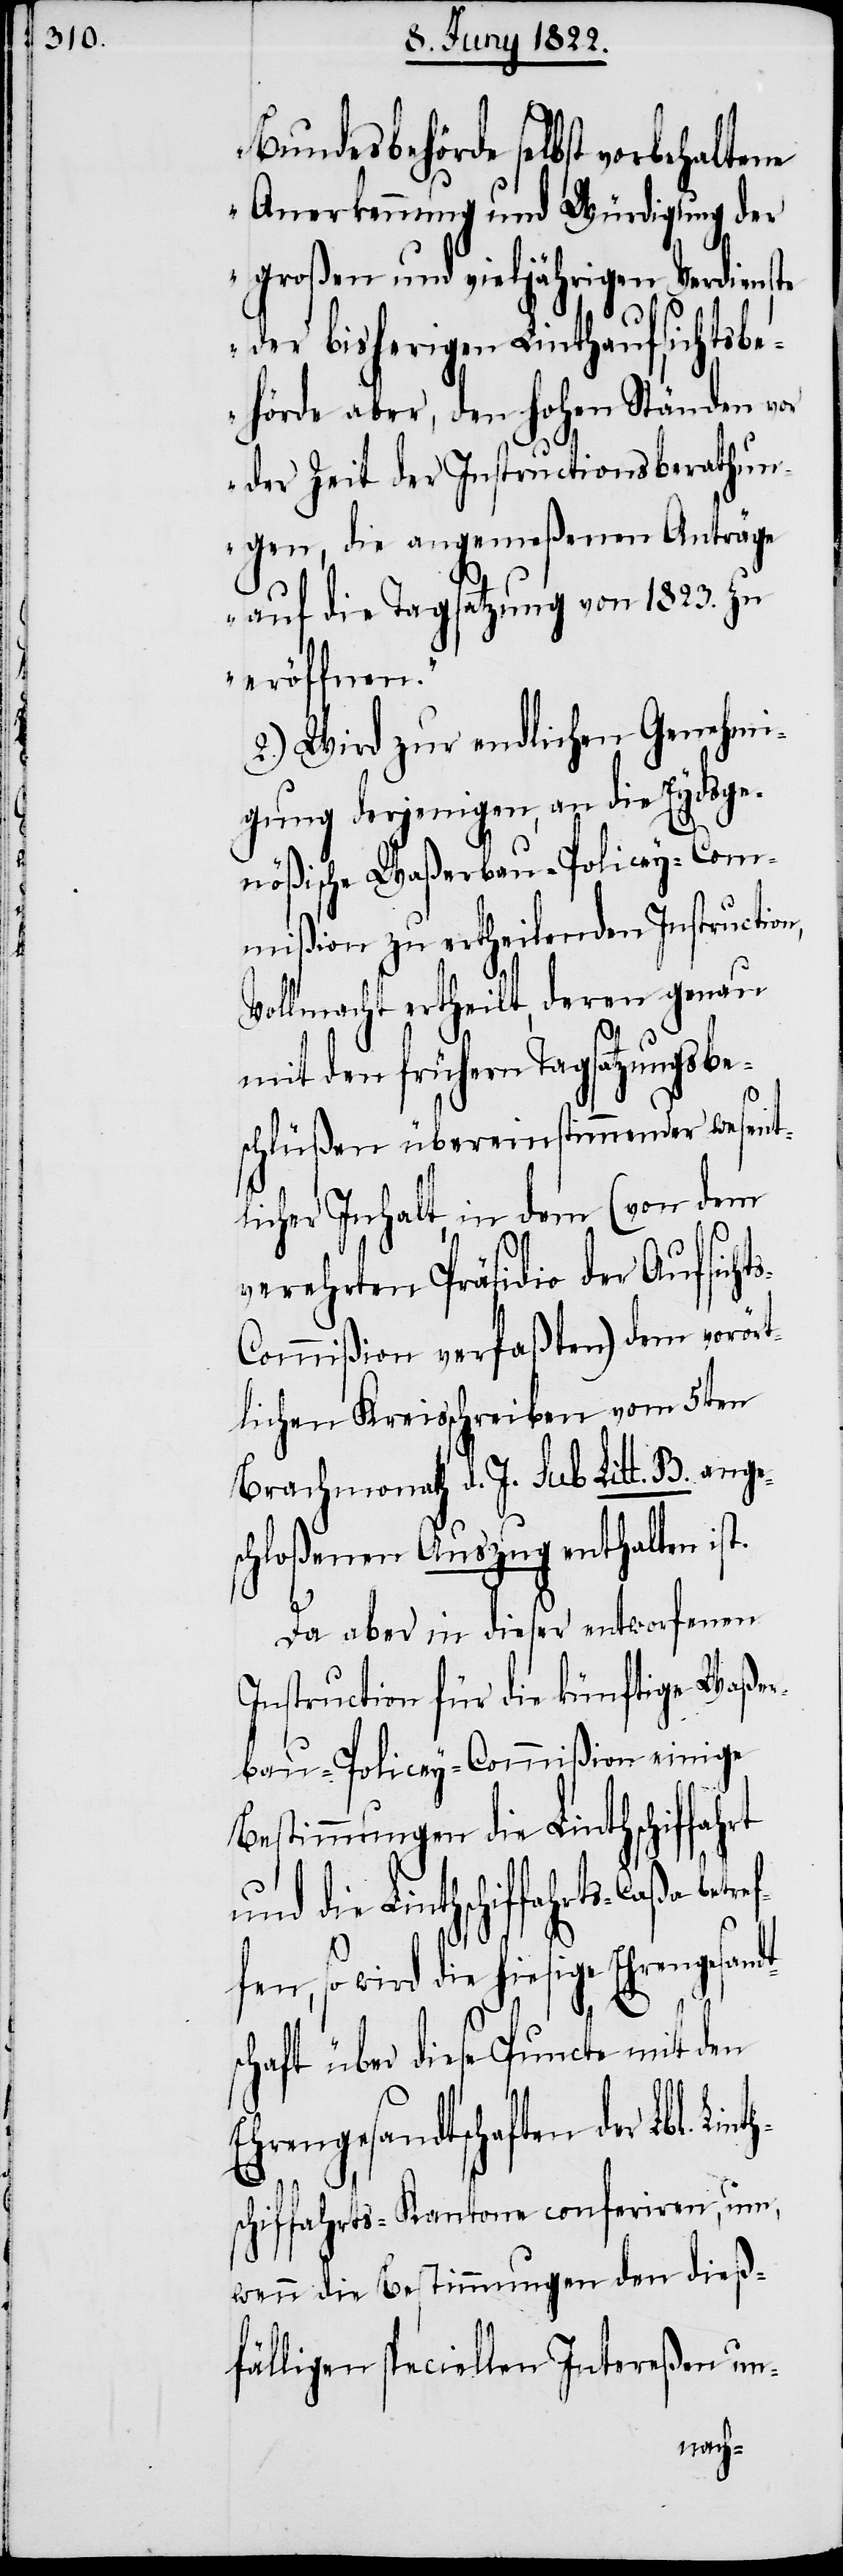
dt¬

Bundesbehörde selbst vorbehaltene
Anerkennung und Würdigung der
großen und vieljährigen Verdienste
der bisherigen Linthaufsichtsb¬
ehörde aber, den hohen Ständen vor
der Zeit der Instructionsberathun¬
gen, die angemeßenen Anträge
auf die Tagsatzung von 1823. zu
eröffnen.“
2.) Wird zur endlichen Genehmi¬
gung derjenigen, an die Eydsge¬
nößische Waßerbau-Policey-Com¬
mißion zu ertheilenden Instruction,
Vollmacht ertheilt, deren genau
mit den frühern Tagsatzungsbe¬
schlüßen übereinstimmender wesent¬
licher Inhalt, in dem (von dem
verehrten Präsidio der Aufsicht¬
s-Commißion verfaßten) dem vorört¬
lichen Kreisschreiben vom 5ten
Brachmonath d. J. sub Litt. B. ange¬
schloßenen Auszug enthalten ist.
Da aber in dieser entworfenen
Instruction für die künftige Waßer¬
bau-Policey-Commißion einige
Bestimmungen die Linthschiffahrt
und die Linthschiffahrts-Caßa
so wird die hiesige Ehrengesan¬
schaft über diese Puncte mit den
Ehrengesandtschaften der Lbl. L¬
schiffahrts-Kantone conferiren, um,
wenn die Bestimmungen den dieß¬
fälligen speciellen Intereßen un-
inth¬